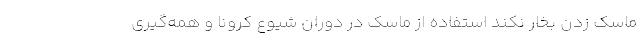
ماسک زدن بخار نکند استفاده از ماسک در دوران شیوع کرونا و همه‌گیری